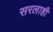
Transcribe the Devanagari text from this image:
सरलाही